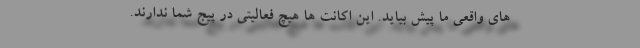
های واقعی ما پیش بیاید. این اکانت ها هیچ فعالیتی در پیج شما ندارند.